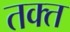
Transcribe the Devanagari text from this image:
तक्त